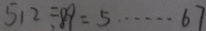
5 1 2 \div 8 9 = 5 \cdots 6 7